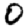
Digit: 0